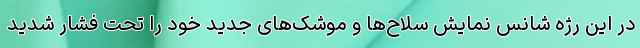
در این رژه شانس نمایش سلاح‌ها و موشک‌های جدید خود را تحت فشار شدید